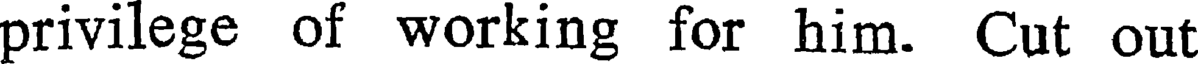
privilege of working for him. Cut out